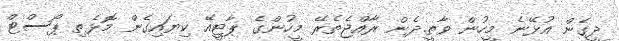
ދީގެން އުޅޭނެ މީހުން ވާތީ.ދެން ރާއްޖެތެރޭ މީހުންގެ ޕާޓީއޭ ކިޔައިގެން މޮޅެތި ޕޯސްޓް